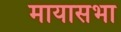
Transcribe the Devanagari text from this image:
मायासभा